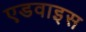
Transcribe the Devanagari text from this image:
एडवाइस